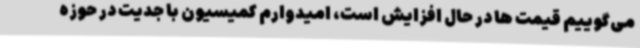
می‌گوییم قیمت ها در حال افزایش است، امیدوارم کمیسیون با جدیت در حوزه